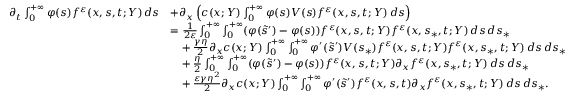
\begin{array} { r l } { \partial _ { t } \int _ { 0 } ^ { + \infty } \varphi ( s ) f ^ { \varepsilon } ( x , s , t ; Y ) \, d s } & { + \partial _ { x } \left( c ( x ; Y ) \int _ { 0 } ^ { + \infty } \varphi ( s ) V ( s ) f ^ { \varepsilon } ( x , s , t ; Y ) \, d s \right) } \\ & { = \frac { 1 } { 2 \varepsilon } \int _ { 0 } ^ { + \infty } \int _ { 0 } ^ { + \infty } ( \varphi ( \tilde { s } ^ { \prime } ) - \varphi ( s ) ) f ^ { \varepsilon } ( x , s , t ; Y ) f ^ { \varepsilon } ( x , s _ { \ast } , t ; Y ) \, d s \, d s _ { \ast } } \\ & { \phantom { = } + \frac { \gamma \eta } { 2 } \partial _ { x } c ( x ; Y ) \int _ { 0 } ^ { + \infty } \int _ { 0 } ^ { + \infty } \varphi ^ { \prime } ( \tilde { s } ^ { \prime } ) V ( s _ { \ast } ) f ^ { \varepsilon } ( x , s , t ; Y ) f ^ { \varepsilon } ( x , s _ { \ast } , t ; Y ) \, d s \, d s _ { \ast } } \\ & { \phantom { = } + \frac { \eta } { 2 } \int _ { 0 } ^ { + \infty } \int _ { 0 } ^ { + \infty } ( \varphi ( \tilde { s } ^ { \prime } ) - \varphi ( s ) ) f ^ { \varepsilon } ( x , s , t ; Y ) \partial _ { x } f ^ { \varepsilon } ( x , s _ { \ast } , t ; Y ) \, d s \, d s _ { \ast } } \\ & { \phantom { = } + \frac { \varepsilon \gamma \eta ^ { 2 } } { 2 } \partial _ { x } c ( x ; Y ) \int _ { 0 } ^ { + \infty } \int _ { 0 } ^ { + \infty } \varphi ^ { \prime } ( \tilde { s } ^ { \prime } ) f ^ { \varepsilon } ( x , s , t ) \partial _ { x } f ^ { \varepsilon } ( x , s _ { \ast } , t ; Y ) \, d s \, d s _ { \ast } . } \end{array}